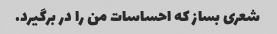
شعری بساز که احساسات من را در برگیرد.